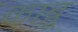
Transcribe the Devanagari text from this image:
काब्रू